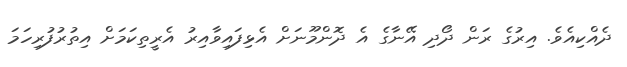
ދެއްކިއެވެ. އިރުގެ ރަން ދޯދި އޭނާގެ އެ ދޮންމޫނަށް އެޅިފައިވާއިރު އެރީތިކަމަށް އިތުރުފުރިހަމަ